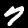
Label: 7